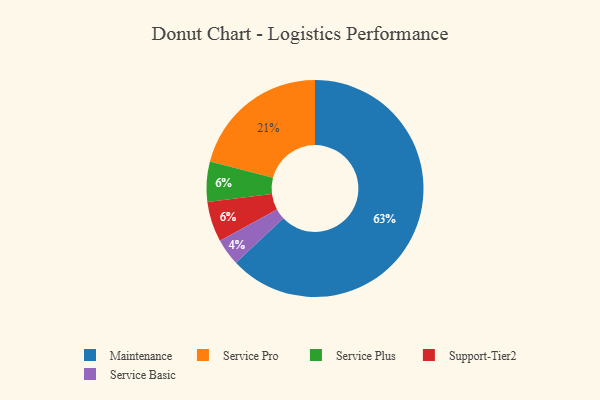
{"axis": {"x": "Category", "y": "Percentage"}, "legend": ["Maintenance", "Service Basic", "Service Plus", "Service Pro", "Support-Tier2"], "data": [{"x": "Service Pro", "y": 21, "type": "Service Pro"}, {"x": "Service Basic", "y": 4, "type": "Service Basic"}, {"x": "Maintenance", "y": 63, "type": "Maintenance"}, {"x": "Service Plus", "y": 6, "type": "Service Plus"}, {"x": "Support-Tier2", "y": 6, "type": "Support-Tier2"}]}